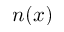
n ( x )